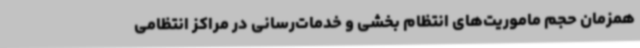
همزمان حجم ماموریت‌های انتظام بخشی و خدمات‌رسانی در مراکز انتظامی